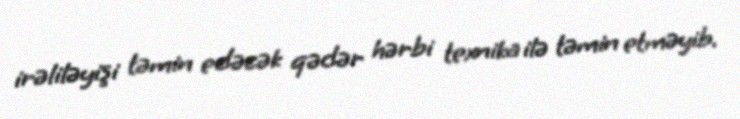
irəliləyişi təmin edəcək qədər hərbi texnika ilə təmin etməyib.